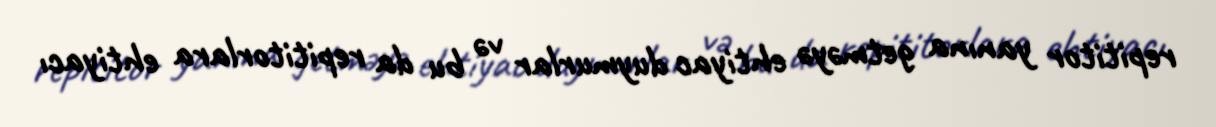
repititor yanına getməyə ehtiyac duymurlar və bu da repititorlara ehtiyacı